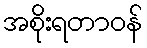
အစိုးရတာဝန်